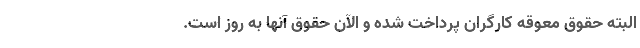
البته حقوق معوقه کارگران پرداخت شده و الآن حقوق آنها به روز است.